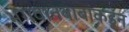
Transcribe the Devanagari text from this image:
भगवानबाबांकडून